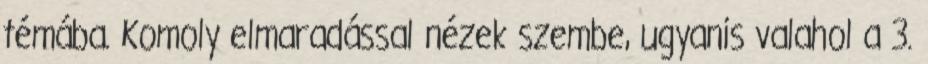
témába. Komoly elmaradással nézek szembe, ugyanis valahol a 3.